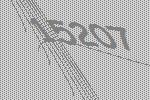
15207